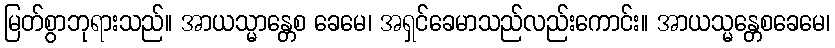
မြတ်စွာဘုရားသည်။ အာယသ္မာန္တေစ ခေမေ၊ အရှင်ခေမာသည်လည်းကောင်း။ အာယသ္မန္တေစခေမေ၊